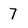
Character: 7